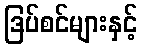
ဒြပ်စင်များနှင့်